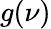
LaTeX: g(\nu)